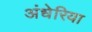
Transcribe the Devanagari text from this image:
अंधेरिया